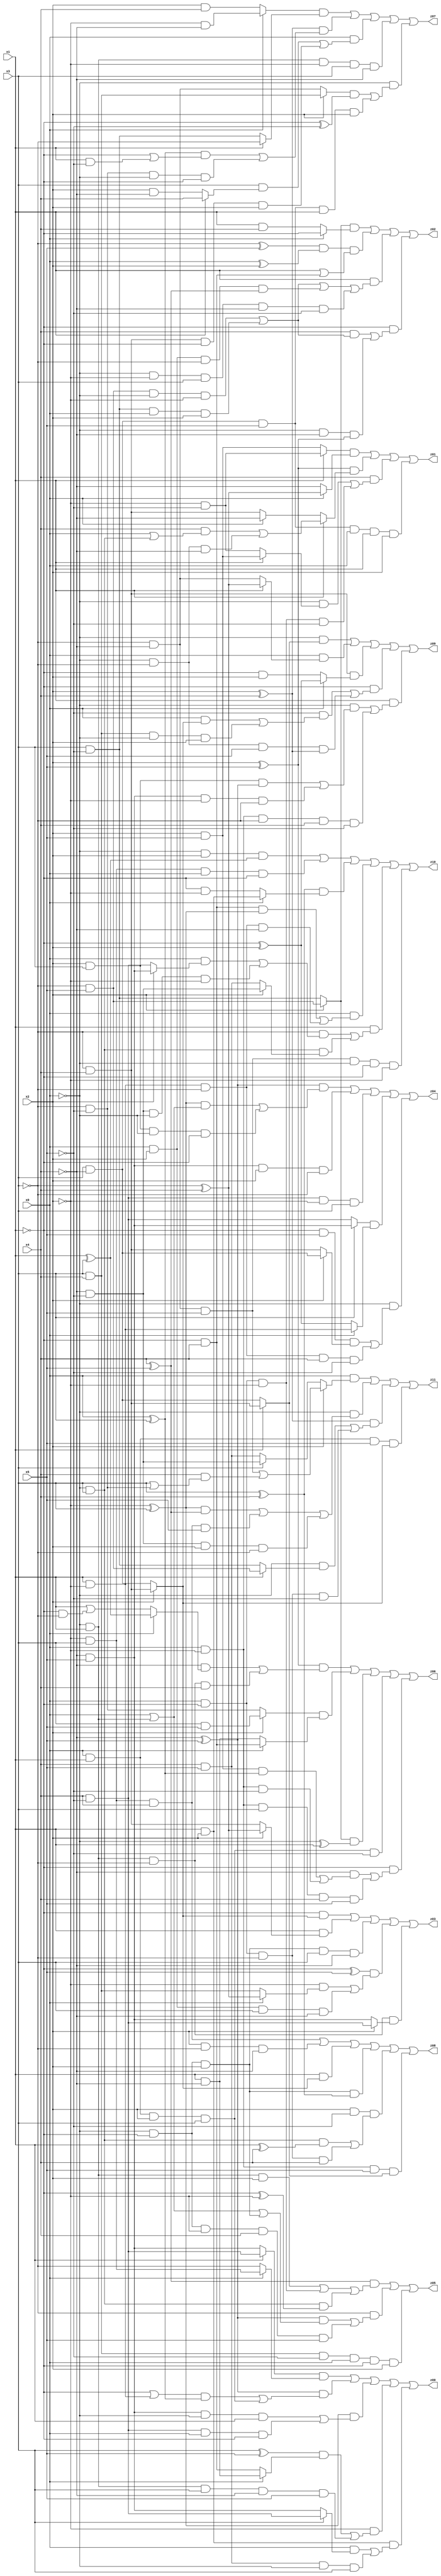
// Benchmark "X_8" written by ABC on Fri May 26 04:01:21 2023

module X_33 ( 
    x0, x1, x2, x3, x4, x5,
    z00, z01, z02, z03, z04, z05, z06, z07, z08, z09, z10, z11  );
  input  x0, x1, x2, x3, x4, x5;
  output z00, z01, z02, z03, z04, z05, z06, z07, z08, z09, z10, z11;
  assign z00 = ((x1 ? (x4 & ~x5) : (~x4 & x5)) & (x0 ? (~x2 & x3) : ~x3)) | ((~x4 ^ x5) & (((~x1 | (x1 & ~x2)) & (x0 ^ x3)) | (x0 & x1 & x2 & x3))) | ((~x2 ^ x3) & ((~x4 & x5 & ~x0 & x1) | (x4 & ~x5 & x0 & ~x1))) | (~x2 & (((x3 ^ x5) & (x0 ? (x1 & ~x4) : (~x1 & x4))) | (~x0 & x1 & x3 & ~x4 & x5))) | (x1 & x2 & ((x0 & (x3 ? (x4 & ~x5) : (~x4 & x5))) | (x4 & x5 & ~x0 & x3)));
  assign z01 = ((x1 ? (~x2 & ~x5) : (x2 & x5)) & (x0 ? (~x3 ^ x4) : ~x4)) | ((x2 ^ x5) & (x1 ? ((x4 & (x0 | (~x0 & x3))) | (~x0 & ~x3 & ~x4)) : (x0 ? ~x4 : (~x3 & x4)))) | (x4 & ((~x0 & (x1 ? (x2 & x5) : (~x2 & ~x5))) | (x0 & ~x1 & ~x2 & ~x5))) | (x3 & ~x4 & x5 & x0 & x1 & x2);
  assign z02 = ((x2 ? (~x3 & x5) : (x3 & ~x5)) & (x0 ? ~x1 : (x1 & x4))) | ((~x3 ^ x5) & (x0 ^ x2) & (x1 | (~x1 & x4))) | (x1 & ((~x3 & x5 & ~x0 & ~x2) | (x3 & ~x5 & x0 & x2) | (x0 & x2 & ~x3 & (x4 ^ x5)) | (~x0 & ~x2 & x3 & ~x4 & ~x5))) | (~x1 & ((x4 & ((~x3 & x5 & ~x0 & ~x2) | (x3 & ~x5 & x0 & x2))) | (~x0 & ~x4 & (x2 ^ x5))));
  assign z03 = (~x1 & (x2 ? (~x3 & x4) : (x3 & ~x4))) | (x1 & (x2 ? (~x3 ^ x4) : (~x3 & x4))) | (~x0 & ~x1 & x2 & x3 & ~x4) | ((~x1 ^ x5) & ((~x2 & (x0 ? (~x3 ^ x4) : (x3 & x4))) | (x0 & x2 & x3 & ~x4))) | (~x0 & x1 & ~x3 & (x2 ? (x4 & ~x5) : (~x4 & x5)));
  assign z04 = ((~x4 ^ x5) & (((~x2 ^ x3) & (x0 | (~x0 & x1))) | (x2 & x3 & ~x0 & ~x1))) | (~x4 & x5 & x2 & ~x3) | (x4 & ~x5 & ~x2 & x3) | ((x3 ? (~x4 & x5) : (x4 & ~x5)) & (x0 ? (x1 & ~x2) : (~x1 ^ x2))) | (~x0 & ((~x1 & x5 & (x2 ? (x3 & ~x4) : (~x3 & x4))) | (x1 & ~x2 & ~x3 & x4 & ~x5)));
  assign z05 = ((x4 ^ x5) & ((~x0 & x1 & x2) | (x0 & ~x1 & ~x2) | (~x0 & x3 & (~x1 ^ ~x2)))) | (~x3 & (((~x4 ^ x5) & (x0 | (~x0 & x1) | (~x0 & ~x1 & x2))) | (~x0 & ~x1 & ~x2 & x4 & x5))) | (x3 & x4 & ~x5 & x0 & ~x1 & x2);
  assign z06 = ((x2 ^ x5) & ((~x4 & (x0 ? (x1 ^ x3) : (x1 | (~x1 & ~x3)))) | (~x0 & x1 & ~x3 & x4))) | ((x2 ? (x3 & x5) : (~x3 & ~x5)) & (x0 ? (~x1 & x4) : (x1 & ~x4))) | ((x2 ? (~x3 & x5) : (x3 & ~x5)) & (~x0 ^ x1)) | (x0 & x1 & x2 & x3 & ~x5) | (~x1 & ((~x4 & ((x2 & x5 & (x0 ^ x3)) | (x0 & ~x2 & ~x5))) | (x0 & ~x2 & x3 & x4 & x5)));
  assign z07 = ((x0 ? (~x2 & ~x4) : (x2 & x4)) & (x1 ? ~x3 : (x3 & ~x5))) | ((x2 ^ x4) & (((x0 ^ x3) & (~x1 | (x1 & ~x5))) | (~x3 & ~x5 & ~x0 & ~x1))) | (x0 & ((x3 & (x1 ? x4 : (x2 & ~x4))) | (~x3 & x4 & ~x1 & x2))) | (~x0 & x1 & ~x2 & x3 & ~x4) | (~x0 & (((x2 ? (x3 & x4) : (~x3 & ~x4)) & (~x1 ^ ~x5)) | (x3 & ~x4 & x5 & x1 & x2)));
  assign z08 = (~x2 & x3 & x4) | (x2 & ~x3 & ~x4) | (x1 & (x2 ? (~x3 & x4) : (x3 & ~x4))) | (~x0 & ~x1 & x2 & (x3 ^ x4)) | (x2 & ~x5 & ((~x0 & x3 & (x1 ^ x4)) | (x0 & ~x1 & ~x3 & x4))) | (x0 & ~x2 & x5 & (x1 ? (~x3 & x4) : (x3 & ~x4)));
  assign z09 = (~x0 & (x1 ? (~x3 & x4) : (x3 & ~x4))) | (x0 & (x1 ? (~x3 ^ x4) : (~x3 & ~x4))) | (~x3 & x4 & (x0 ? (~x1 ^ x2) : (~x1 & x2))) | (~x1 & ((~x5 & ((x0 & (x2 ? (~x3 & x4) : (x3 & ~x4))) | (x3 & x4 & ~x0 & x2))) | (~x0 & ~x3 & x5 & (x2 ^ x4)))) | (x1 & ((~x0 & ((x2 & x3 & (~x4 ^ x5)) | (~x4 & x5 & ~x2 & ~x3))) | (x0 & ~x2 & ~x3 & x4 & ~x5)));
  assign z10 = (~x0 & x2 & (x1 ^ x3)) | (~x2 & x3 & x0 & ~x1) | ((x3 ^ x4) & (x0 ? (x1 & x2) : (~x1 & ~x2))) | (x0 & ((~x1 & x4 & (~x2 ^ x3)) | (x1 & ~x2 & ~x3 & ~x4))) | (x1 & ((~x3 & ((x0 & (x2 ? (~x4 & x5) : (x4 & ~x5))) | (~x4 & ~x5 & ~x0 & ~x2))) | (~x0 & x3 & (x2 ? (~x4 & ~x5) : (x4 & x5))))) | (~x3 & ~x4 & x5 & ~x0 & ~x1 & ~x2);
  assign z11 = (x0 & (x2 ? ((~x3 & ~x4 & x5) | (x4 & (x3 | (~x3 & ~x5)))) : (x3 ? (~x4 & ~x5) : (x4 & x5)))) | (~x0 & (((~x2 ^ x3) & (x4 ^ x5)) | (~x2 & x3 & x4 & x5) | (~x4 & ~x5 & x2 & ~x3))) | ((x2 ^ x4) & ((~x0 & (x1 ? (~x3 & x5) : (x3 & ~x5))) | (x0 & ~x1 & ~x3 & ~x5))) | (x0 & x1 & x5 & (x2 ? (~x3 & x4) : (x3 & ~x4)));
endmodule